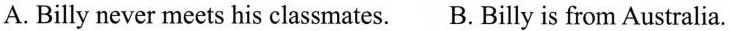
A. Billy never meets his classmates. B. Billy is from Australia.